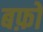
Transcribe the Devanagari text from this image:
बफ़ो